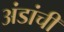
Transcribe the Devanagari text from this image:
अंडांची